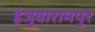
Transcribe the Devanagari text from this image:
इंजुवारामपुर